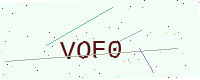
Text: VOF0